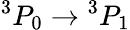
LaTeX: {}^{3}P_{0}\rightarrow{}^{3}P_{1}